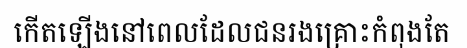
កើតឡើងនៅពេលដែលជនរងគ្រោះកំពុងតែ